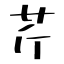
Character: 芹